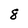
Character: 8